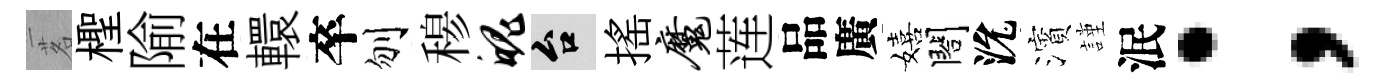
茗檉隃在轘卒刎𥠇魄台揺魔莲品廣嬉閤沇濱謹泯；